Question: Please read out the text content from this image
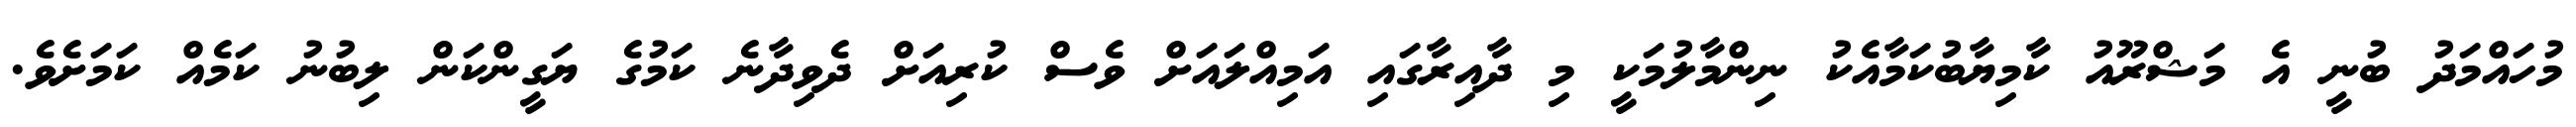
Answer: މުހައްމަދު ބުނީ އެ މަޝްރޫއު ކާމިޔާބުކަމާއެކު ނިންމާލުމަކީ މި ދާއިރާގައި އަމިއްލައަށް ވެސް ކުރިއަށް ދެވިދާނެ ކަމުގެ ޔަގީންކަން ލިބުނު ކަމެއް ކަމަށެވެ.